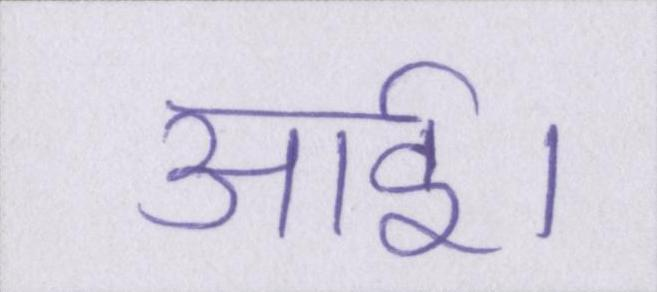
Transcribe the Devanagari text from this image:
आई।